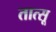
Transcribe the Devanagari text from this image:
तात्सू